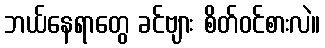
ဘယ်နေရာတွေ ခင်ဗျား စိတ်ဝင်စားလဲ။